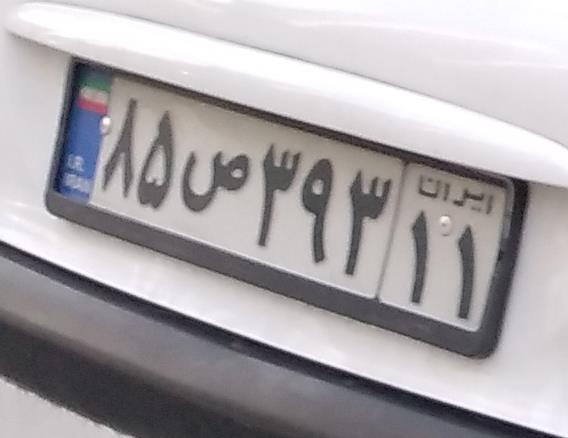
۳۹ق۸۶۴۹۹